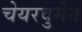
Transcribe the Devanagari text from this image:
चेयरवुमेन